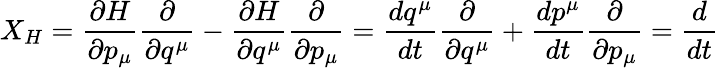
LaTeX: X_{H}={\frac{\partial H}{\partial p_{\mu}}}{\frac{\partial}{\partial q^{\mu}}}-{\frac{\partial H}{\partial q^{\mu}}}{\frac{\partial}{\partial p_{\mu}}}={\frac{dq^{\mu}}{dt}}{\frac{\partial}{\partial q^{\mu}}}+{\frac{dp^{\mu}}{dt}}{\frac{\partial}{\partial p_{\mu}}}={\frac{d}{dt}}